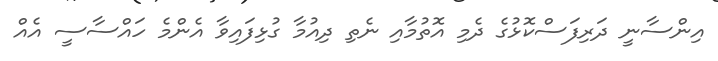
އިންސާނީ ދަރިފަސްކޮޅުގެ ދެމި އޮތުމާއި ނެތި ދިއުމާ ގުޅިފައިވާ އެންމެ ހައްސާސީ އެއް